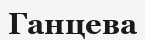
Ганцева